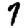
Digit: 7